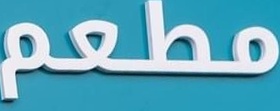
مطعم